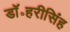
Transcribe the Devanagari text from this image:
डॉ॰हरीसिंह